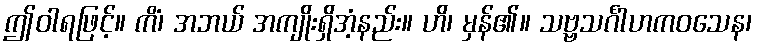
ဤဝါရဖြင့်။ ကိံ၊ အဘယ် အကျိုးရှိအံ့နည်း။ ဟိ၊ မှန်၏။ သဗ္ဗသင်္ဂါဟကဝသေန၊